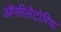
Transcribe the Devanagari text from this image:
ऑसीलैटोरिया